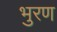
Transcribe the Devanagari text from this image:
भुरण